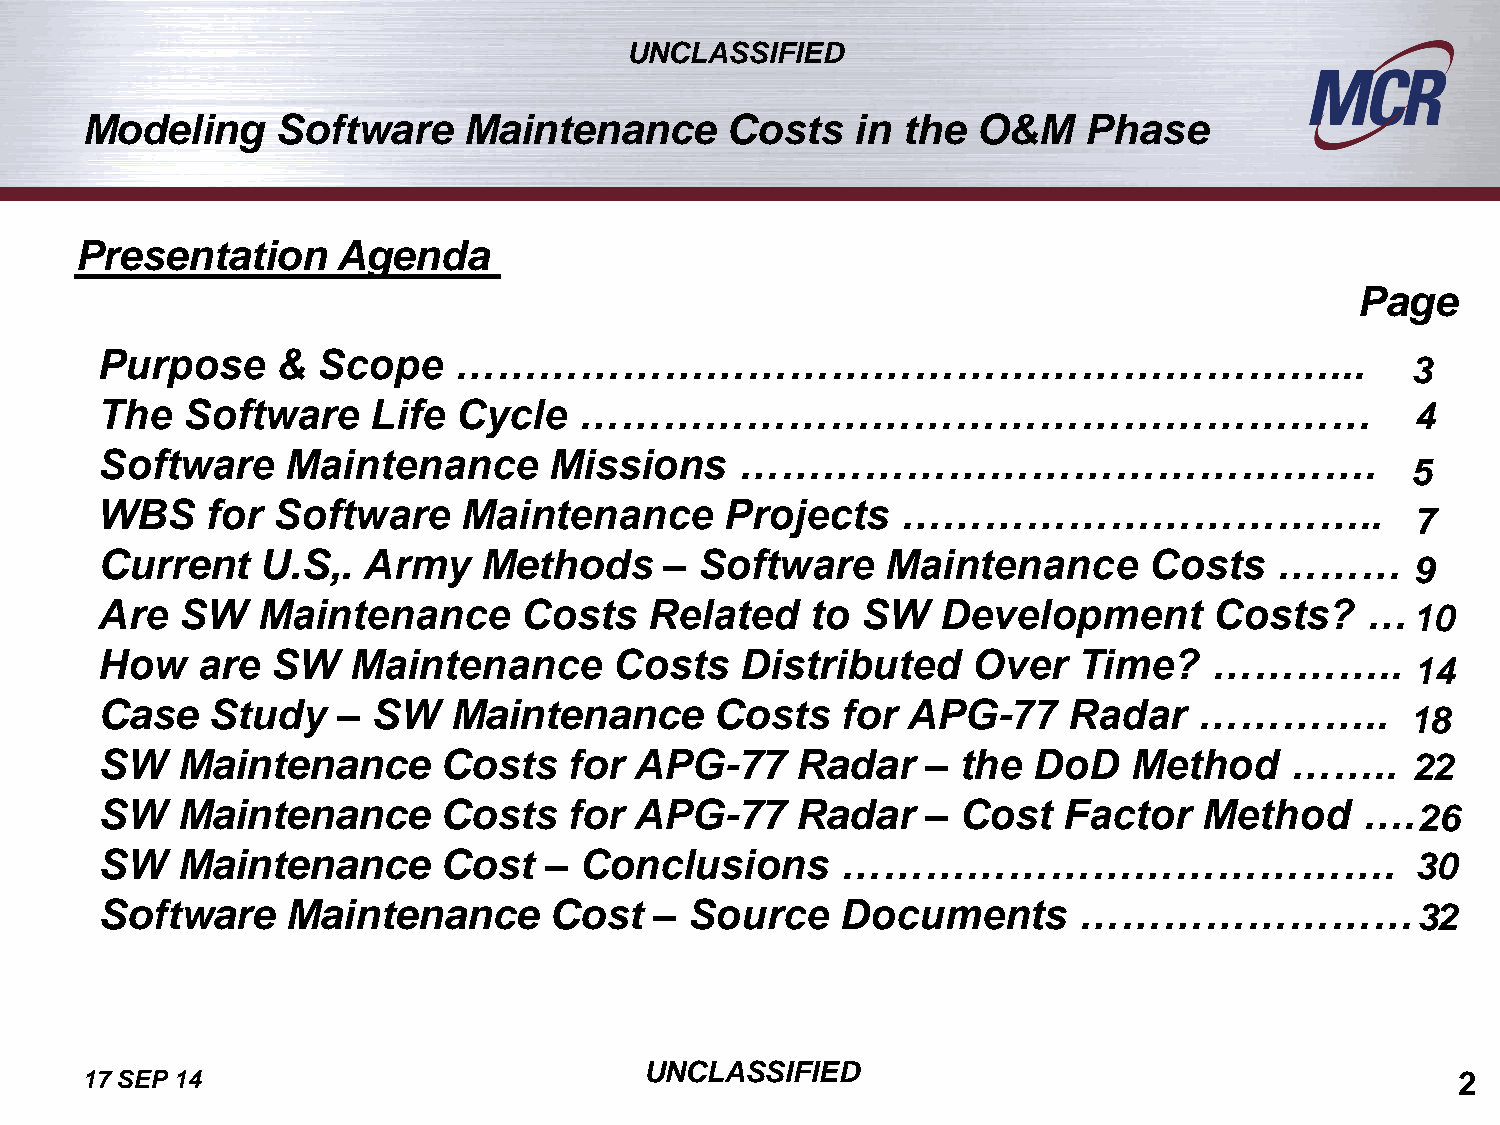
UNCLASSIFIED
 Modeling     Software     Maintenance      Costs    in the  O&M    Phase
 Presentation     Agenda
 Page
 Purpose    &  Scope    ………………………………………………………...
 3
 The  Software     Life Cycle   …………………………………………………                                     4
 Software    Maintenance      Missions     ……………………………………….
 5
 WBS    for Software     Maintenance      Projects    ……………………………..
 7
 Current   U.S,.  Army    Methods     – Software     Maintenance      Costs   ………
 9
 Are  SW   Maintenance       Costs   Related    to SW   Development       Costs?    …  10
 How   are  SW   Maintenance       Costs   Distributed    Over   Time?    …………..
 14
 Case   Study   –  SW   Maintenance      Costs    for APG-77     Radar   …………..
 18
 SW   Maintenance      Costs    for APG-77     Radar   –  the DoD    Method    ……..     22
 SW   Maintenance      Costs    for APG-77     Radar   –  Cost  Factor    Method    ….  26
 SW   Maintenance      Cost   – Conclusions       ………………………………….                        30
 Software    Maintenance      Cost   –  Source    Documents      ……………………               32
 UNCLASSIFIED
 17 SEP 14                                                                                   2